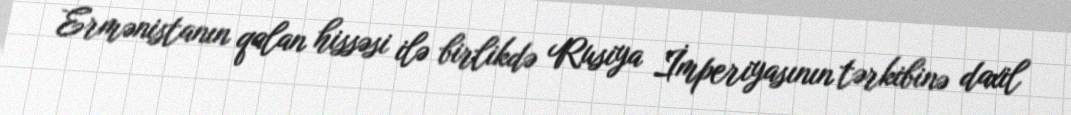
Ermənistanın qalan hissəsi ilə birlikdə Rusiya İmperiyasının tərkibinə daxil